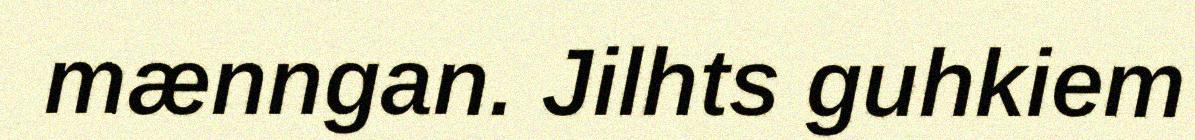
mænngan. Jilhts guhkiem